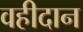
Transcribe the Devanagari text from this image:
वहीदान